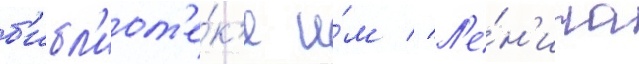
б'ибл'иот'е́к'е и́м // Л'е́н'ина